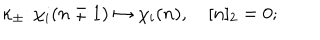
\kappa _ { \pm } \colon \chi _ { i } ( n \mp 1 ) \mapsto \chi _ { i } ( n ) , \quad [ n ] _ { 2 } = 0 ;